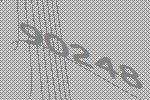
90248